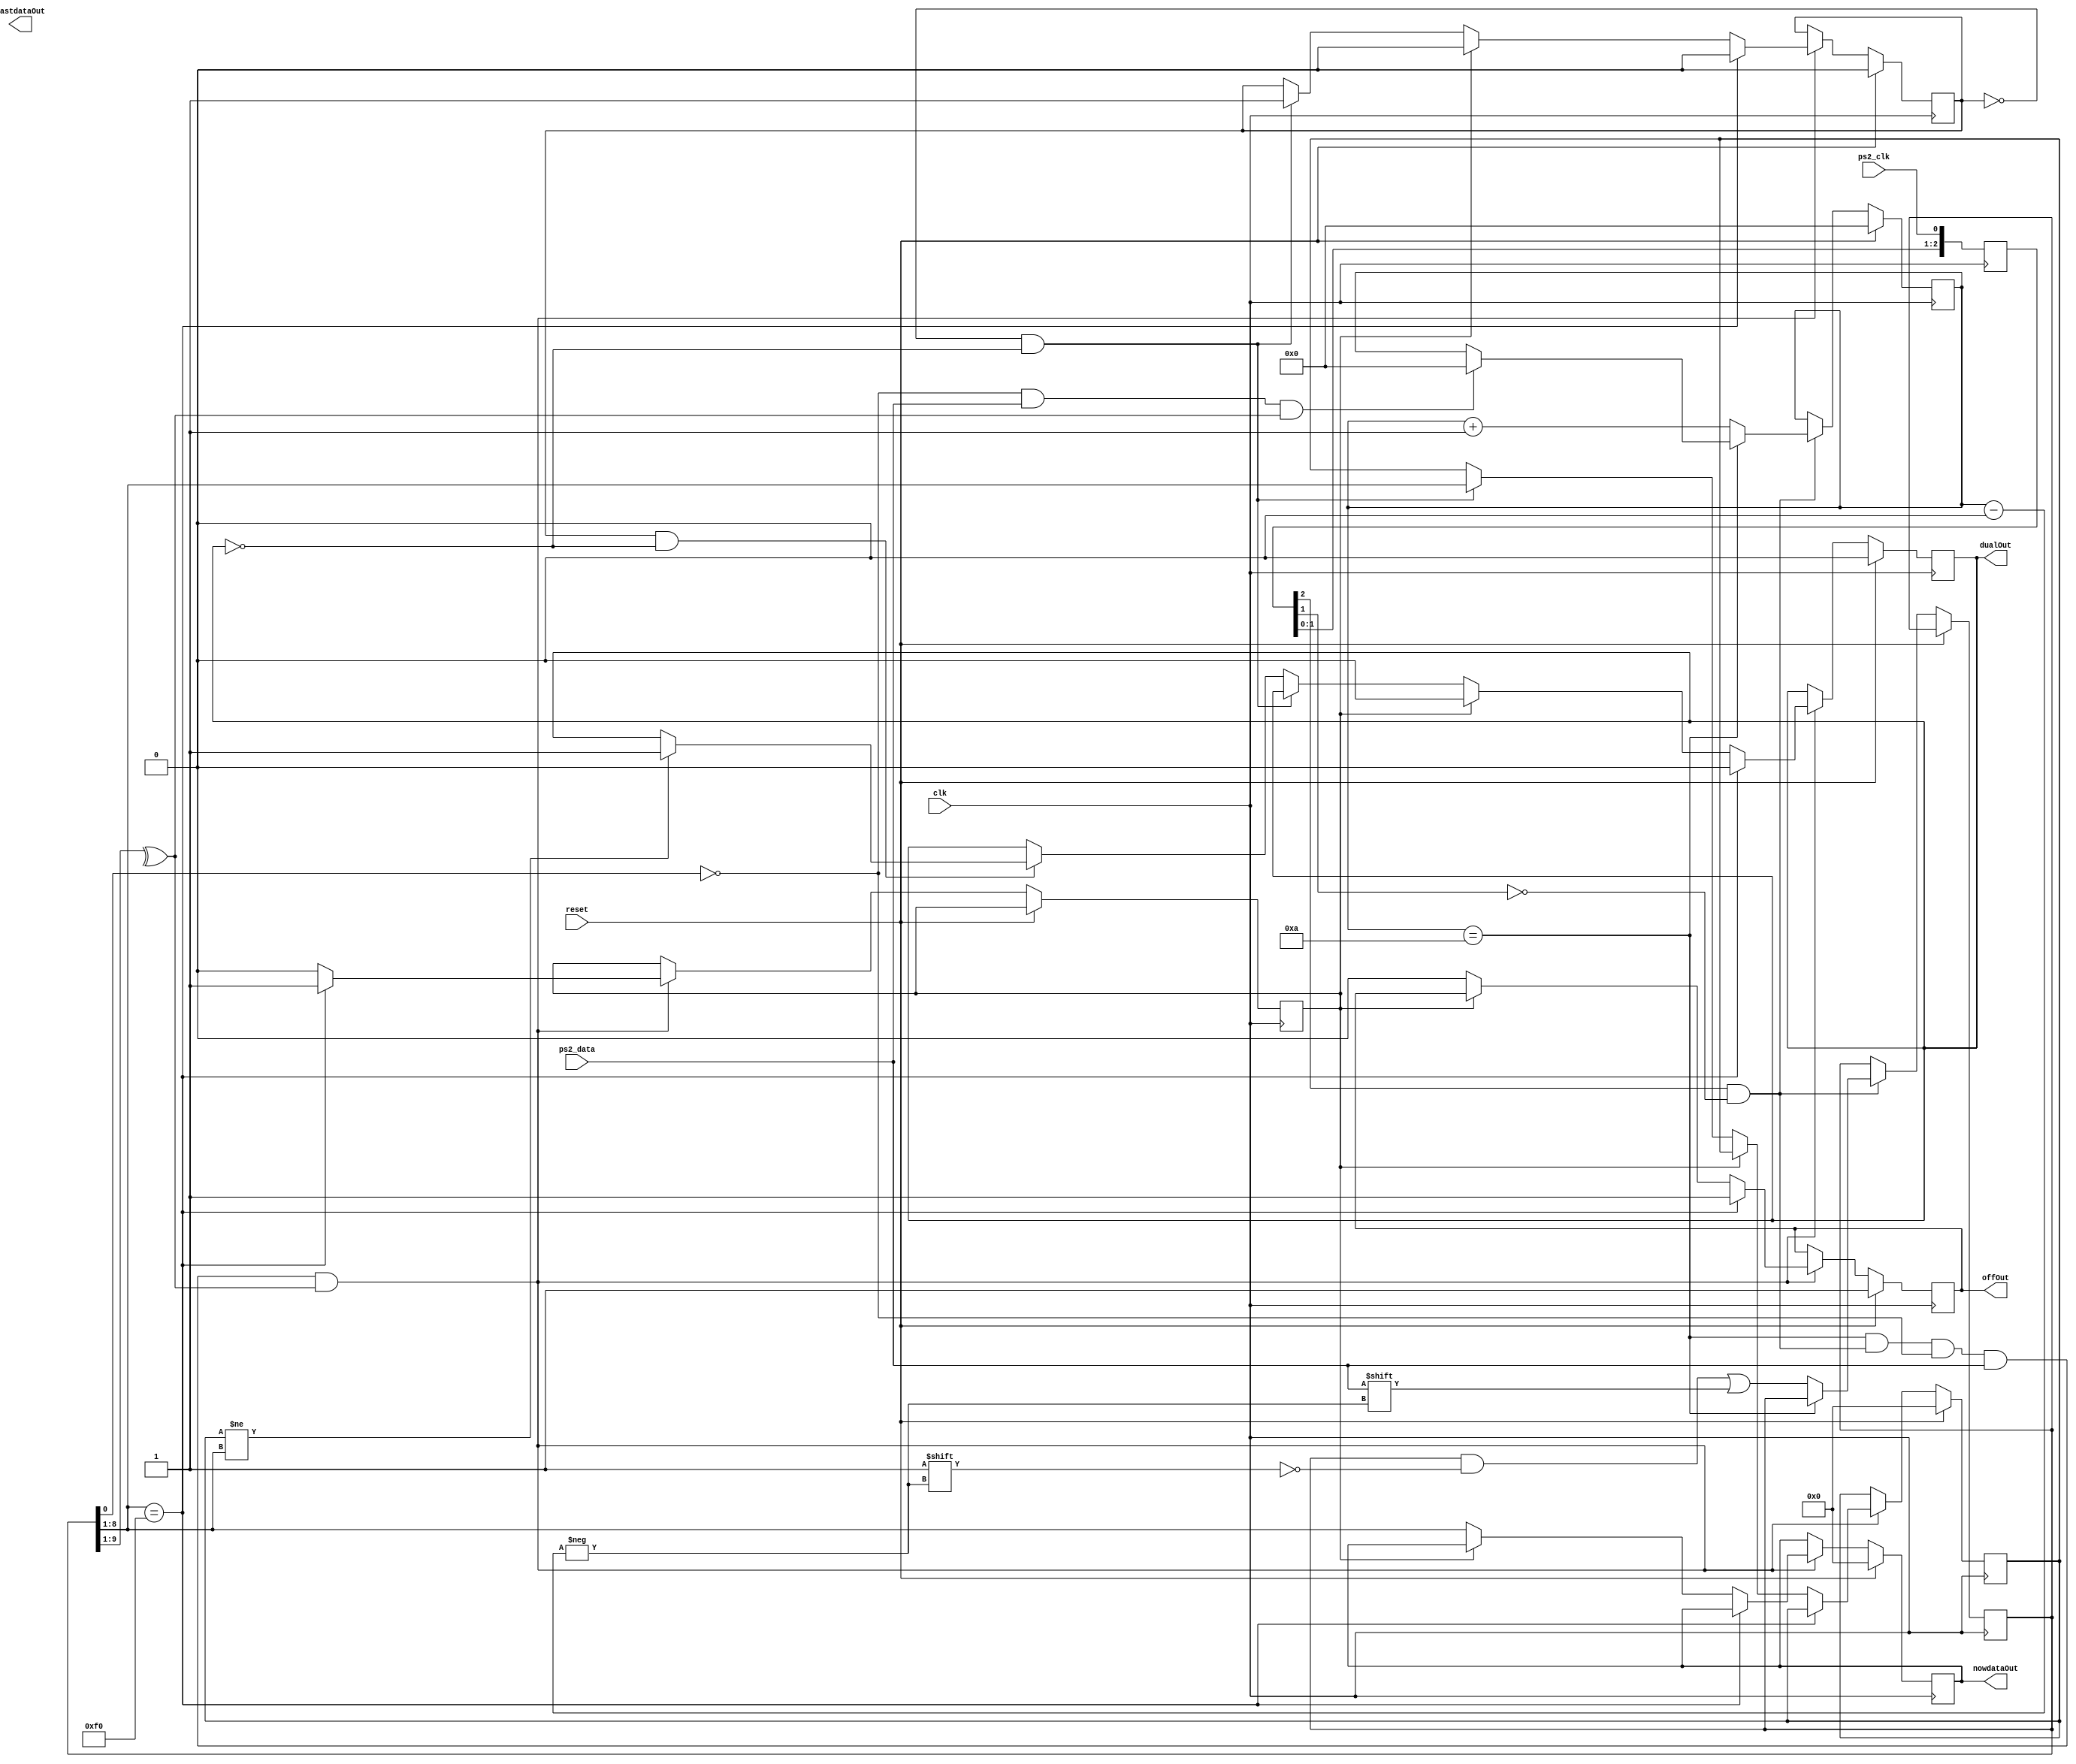
module newps2board(reset,clk,ps2_clk,ps2_data,offOut,nowdataOut,pastdataOut,dualOut);
input clk,ps2_clk,ps2_data;
input reset;
reg [7:0] nowdata;
reg [7:0] pastdata;
reg [9:0] buffer;
reg [3:0] count;
reg [2:0] ps2_clk_sync;
reg off;
reg isEnd;
reg past;
reg dual;
output [7:0] nowdataOut;
output [7:0] pastdataOut;
output offOut;
output dualOut;
initial
begin
	off=1;
	count=0;
	nowdata=0;
	pastdata=0;
	past=0;
	dual=0;
end
always @ (posedge clk) 
begin
	ps2_clk_sync <= {ps2_clk_sync[1:0],ps2_clk};
end
wire sampling = ps2_clk_sync[2] & ~ps2_clk_sync[1];
always @ (posedge clk)
begin
	if(reset)
	begin
		count<=0;
	end
	else if(sampling)
	begin
		if(count == 4'd10)
		begin
			if((buffer[0] == 0) && (ps2_data) && (^buffer[9:1]))
				count <= 0;
		end
		else
		begin
			buffer[count] <= ps2_data;
			count <= count + 3'b1;
		end
	end
end
always @ (posedge clk)
begin
	if(reset)
	begin
		off<=1;
		nowdata<=0;
		pastdata<=0;
		past<=0;
		dual<=0;
	end
	else if((count==4'd10) && (sampling) && (buffer[0]==0) && (ps2_data) && (^buffer[9:1]))
	begin
		if(buffer[8:1]==8'b11110000)
		begin
			isEnd<=1;
			off<=1;
			past<=0;
			dual<=0;
		end
		else
		begin
			if(isEnd==0)
			begin
				off<=0;
				nowdata<=buffer[8:1];
				if(past==0&&dual==0)
				begin
					pastdata<=buffer[8:1];
					past<=1;
				end
				else if(past==1&&dual==0)
				begin
					if(pastdata!=buffer[8:1])
					begin
						dual<=1;
					end
				end
			end
			else
			begin
				isEnd<=0;
				past<=0;
				dual<=0;
			end
		end
	end
end
assign nowdataOut=nowdata;
assign pastdataOut=pastdataOut;
assign dualOut=dual;
assign offOut=off;
endmodule